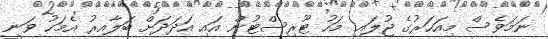
ނަމަވެސް މިއަހަރުގެ ޖުލައި މަހު ޓޫރިސްޓުން އައި އަދަދަށް ބަލާއިރު އެމަހު ވަނީ